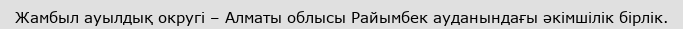
Жамбыл ауылдық округі – Алматы облысы Райымбек ауданындағы әкімшілік бірлік.